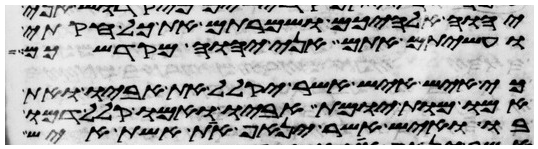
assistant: יהוה אלהיכם ושמרתם את כל חקותי
ועשיתם אתם אני יהוה מקדשכם
כי איש איש אשר יקלל את אביו ואת
אמו מות יומת אביו ואמו קלל דמו
בו ואיש אשר ינאף את אשת איש